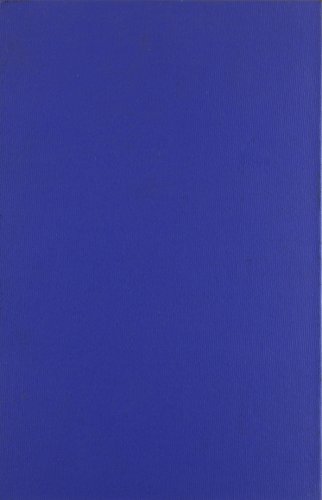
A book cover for Automobile Accident Costs and Payments: Studies in the Economics  of Injury Protection (Michigan Legal Publications); Alfred F. Conard; Engineering & Transportation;